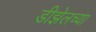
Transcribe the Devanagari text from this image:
डीझेलच्या